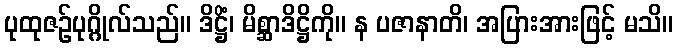
ပုထုဇဉ်ပုဂ္ဂိုလ်သည်။ ဒိဋ္ဌိံ၊ မိစ္ဆာဒိဋ္ဌိကို။ န ပဇာနာတိ၊ အပြားအားဖြင့် မသိ။